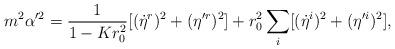
LaTeX: \begin{align*}m^2\alpha'^2=\frac{1}{1-Kr_0^2}[(\dot{\eta}^r)^2+(\eta'^r)^2]+r_0^2\sum_{i}[(\dot{\eta}^{i})^2+(\eta'^{i})^2],\end{align*}